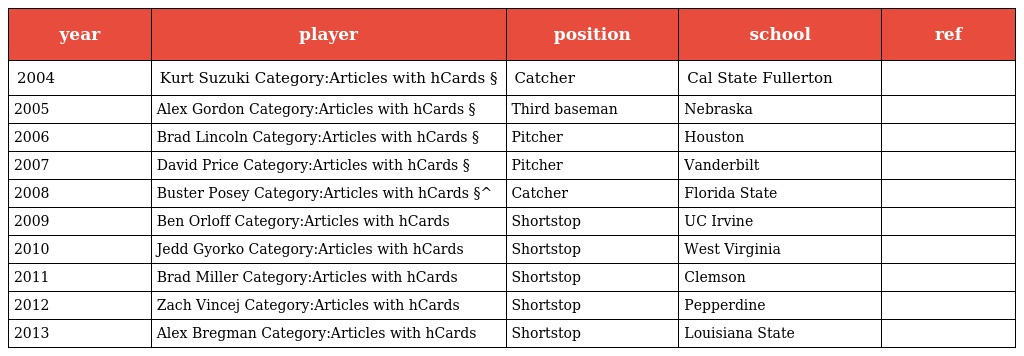
| year | player | position | school | ref |
 | --- | --- | --- | --- | --- |
 | 2004 | Kurt Suzuki Category:Articles with hCards § | Catcher | Cal State Fullerton |  |
 | 2005 | Alex Gordon Category:Articles with hCards § | Third baseman | Nebraska |  |
 | 2006 | Brad Lincoln Category:Articles with hCards § | Pitcher | Houston |  |
 | 2007 | David Price Category:Articles with hCards § | Pitcher | Vanderbilt |  |
 | 2008 | Buster Posey Category:Articles with hCards §^ | Catcher | Florida State |  |
 | 2009 | Ben Orloff Category:Articles with hCards | Shortstop | UC Irvine |  |
 | 2010 | Jedd Gyorko Category:Articles with hCards | Shortstop | West Virginia |  |
 | 2011 | Brad Miller Category:Articles with hCards | Shortstop | Clemson |  |
 | 2012 | Zach Vincej Category:Articles with hCards | Shortstop | Pepperdine |  |
 | 2013 | Alex Bregman Category:Articles with hCards | Shortstop | Louisiana State |  |